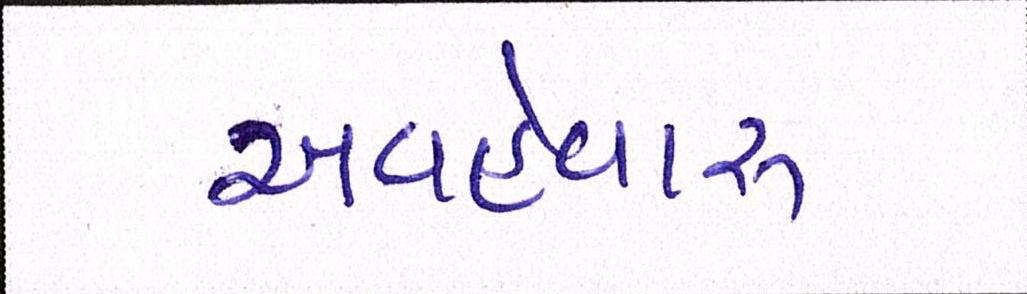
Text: અવહેવારુ